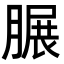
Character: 𦟌